Problem: 37 + 49 = ?
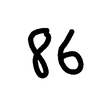
Handwritten answer: 86